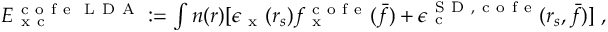
\begin{array} { r } { E _ { \mathrm { ~ x ~ c ~ } } ^ { \mathrm { ~ c ~ o ~ f ~ e ~ } \mathrm { ~ L ~ D ~ A ~ } } : = \int n ( \boldsymbol { r } ) [ \epsilon _ { \mathrm { ~ x ~ } } ( r _ { s } ) f _ { \mathrm { ~ x ~ } } ^ { \mathrm { ~ c ~ o ~ f ~ e ~ } } ( \bar { f } ) + \epsilon _ { \mathrm { ~ c ~ } } ^ { { \mathrm { ~ S ~ D ~ } } , \mathrm { ~ c ~ o ~ f ~ e ~ } } ( r _ { s } , \bar { f } ) ] \; , } \end{array}